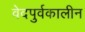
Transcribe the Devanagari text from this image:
वेदपुर्वकालीन